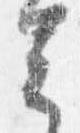
去